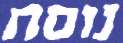
נוסח